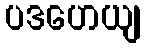
ပဒဟေယျ